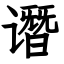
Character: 谮